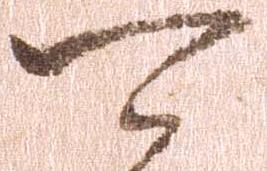
可